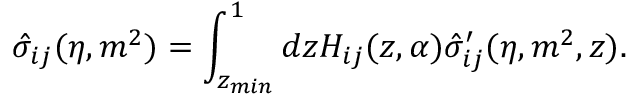
\hat { \sigma } _ { i j } ( \eta , m ^ { 2 } ) = \int _ { z _ { m i n } } ^ { 1 } d z { \cal H } _ { i j } ( z , \alpha ) \hat { \sigma } _ { i j } ^ { \prime } ( \eta , m ^ { 2 } , z ) .